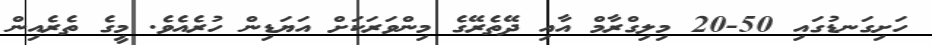
ހަށިގަނޑުގައި 50-20 މިލިގްރާމް އާއި ދޭތެރޭގެ މިންވަރަކަށް އަޔަޑިން ހުރެއެވެ. މީގެ ތެރެއިން